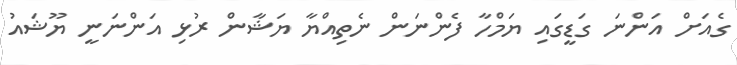
ގެއަށް އަންނަ ގަޑީގައި ޔަމްހާ ފެންނަން ނެތިއްޔާ ޔަޝާން ރުޅި އަންނަނީ ޔޫޝައު